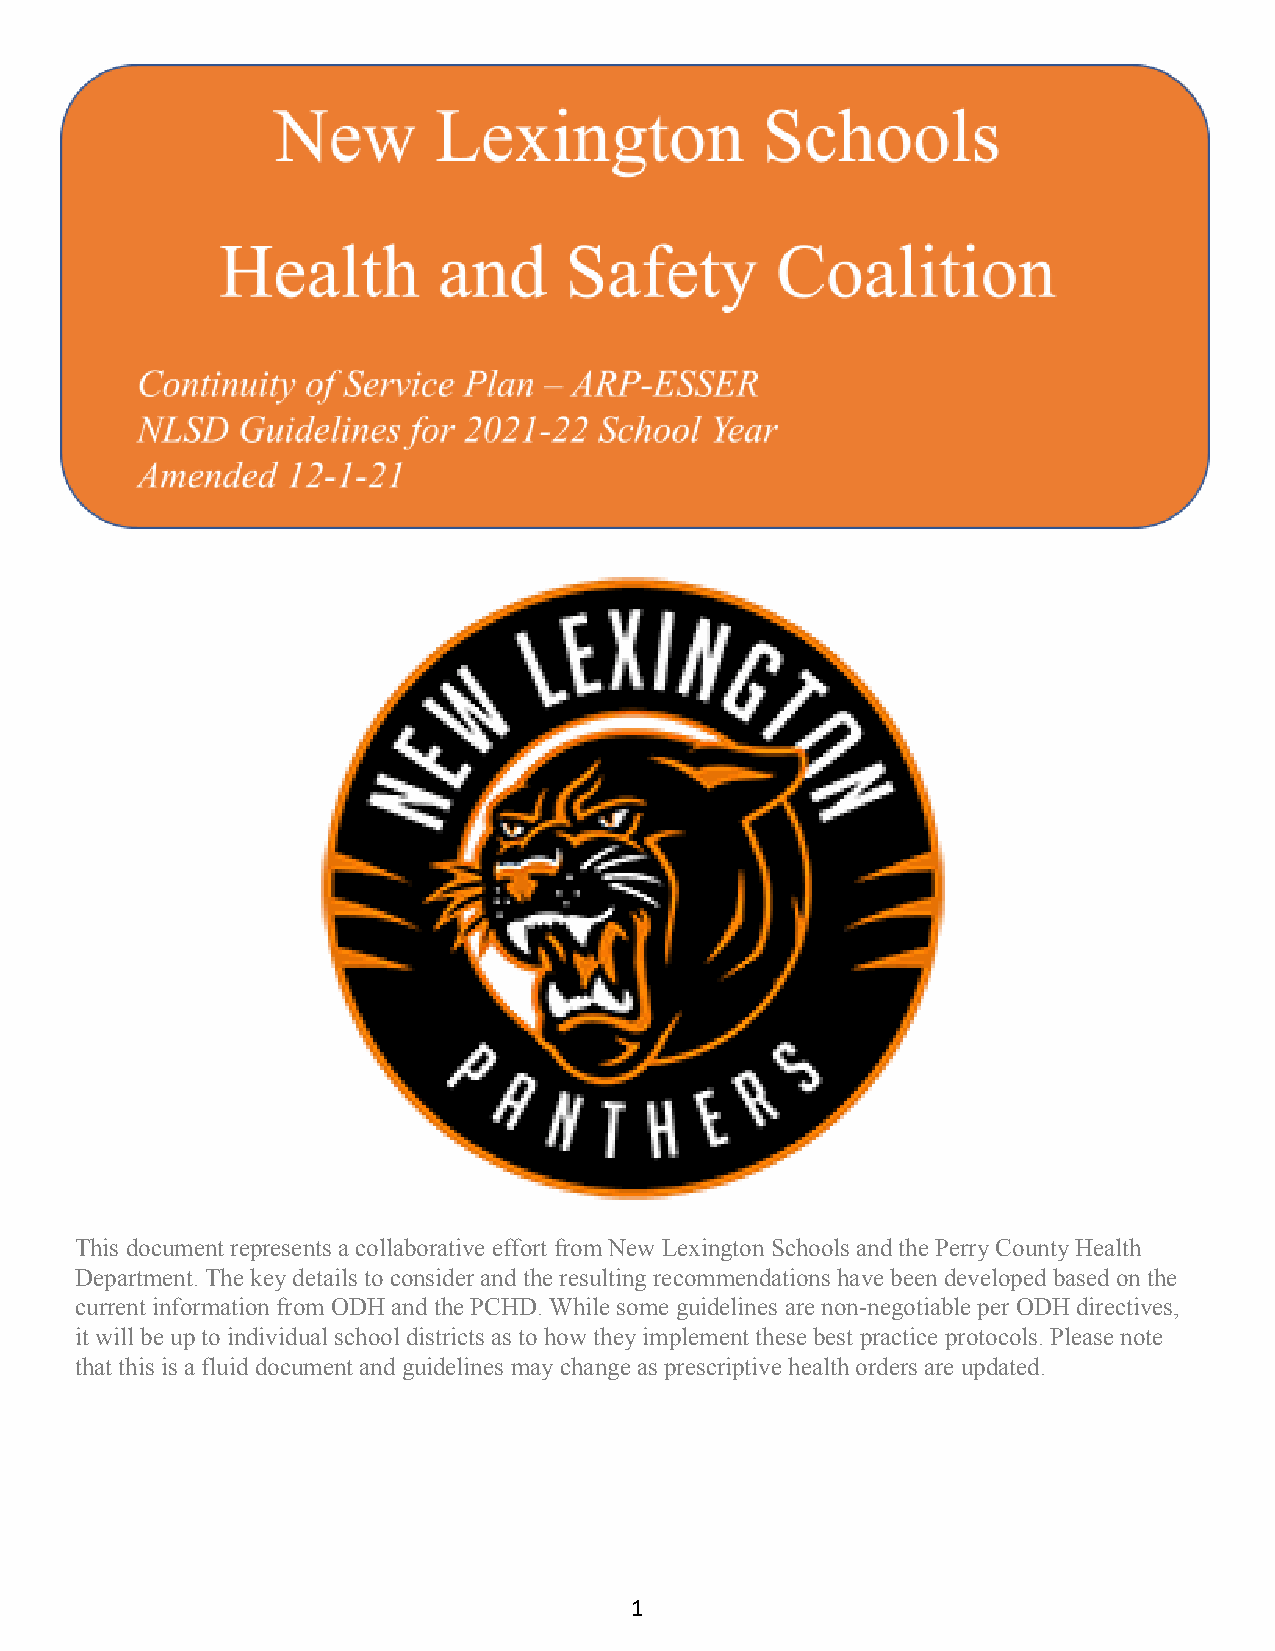
This document represents a collaborative effort from New Lexington Schools and the Perry County Health
 Department. The key details to consider and the resulting recommendations have been developed based on the
 current information from ODH and the PCHD. While some guidelines are non-negotiable per ODH directives,
 it will be up to individual school districts as to how they implement these best practice protocols. Please note
 that this is a fluid document and guidelines may change as prescriptive health orders are updated.
 1